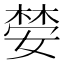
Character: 𫱒